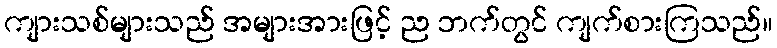
ကျားသစ်များသည် အများအားဖြင့် ည ဘက်တွင် ကျက်စားကြသည်။